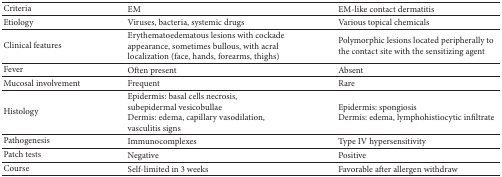
<table><thead><tr><td><b>Criteria</b></td><td><b>EM</b></td><td><b>EM-like contact dermatitis</b></td></tr></thead><tbody><tr><td>Etiology</td><td>Viruses, bacteria, systemic drugs</td><td>Various topical chemicals</td></tr><tr><td>Clinical features</td><td>Erythematoedematous lesions with cockade appearance, sometimes bullous, with acral localization (face, hands, forearms, thighs)</td><td>Polymorphic lesions located peripherally to the contact site with the sensitizing agent</td></tr><tr><td>Fever</td><td>Often present</td><td>Absent</td></tr><tr><td>Mucosal involvement</td><td>Frequent</td><td>Rare</td></tr><tr><td>Histology</td><td>Epidermis: basal cells necrosis, subepidermal vesicobullaeDermis: edema, capillary vasodilation, vasculitis signs</td><td>Epidermis: spongiosisDermis: edema, lymphohistiocytic infiltrate</td></tr><tr><td>Pathogenesis</td><td>Immunocomplexes</td><td>Type IV hypersensitivity</td></tr><tr><td>Patch tests</td><td>Negative</td><td>Positive</td></tr><tr><td>Course</td><td>Self-limited in 3 weeks</td><td>Favorable after allergen withdraw </td></tr></tbody></table>